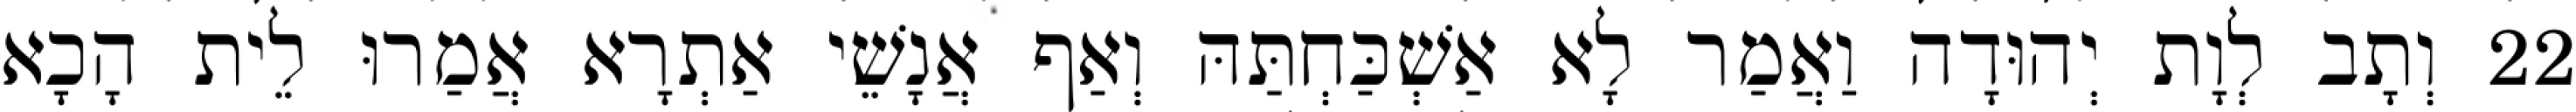
22 וְתָב לְוָת יְהוּדָה וַאֲמַר לָא אַשְׁכַּחְתַּהּ וְאַף אֲנָשֵׁי אַתְרָא אֲמַרוּ לֵית הָכָא